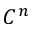
C ^ { n }